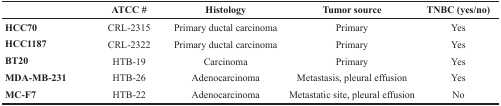
<table><thead><tr><td></td><td><b>ATCC #</b></td><td><b>Histology</b></td><td><b>Tumor source</b></td><td><b>TNBC (yes/no)</b></td></tr></thead><tbody><tr><td><b>HCC70</b></td><td>CRL-2315</td><td>Primary ductal carcinoma</td><td>Primary</td><td>Yes</td></tr><tr><td><b>HCC1187</b></td><td>CRL-2322</td><td>Primary ductal carcinoma</td><td>Primary</td><td>Yes</td></tr><tr><td><b>BT20</b></td><td>HTB-19</td><td>Carcinoma</td><td>Primary</td><td>Yes</td></tr><tr><td><b>MDA-MB-231</b></td><td>HTB-26</td><td>Adenocarcinoma</td><td>Metastasis, pleural effusion</td><td>Yes</td></tr><tr><td><b>MC-F7</b></td><td>HTB-22</td><td>Adenocarcinoma</td><td>Metastatic site, pleural effusion</td><td>No</td></tr></tbody></table>